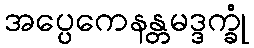
အပ္ပေကေနန္တမဒ္ဒက္ခုံ